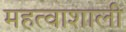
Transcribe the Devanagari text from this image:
महत्वाशाली